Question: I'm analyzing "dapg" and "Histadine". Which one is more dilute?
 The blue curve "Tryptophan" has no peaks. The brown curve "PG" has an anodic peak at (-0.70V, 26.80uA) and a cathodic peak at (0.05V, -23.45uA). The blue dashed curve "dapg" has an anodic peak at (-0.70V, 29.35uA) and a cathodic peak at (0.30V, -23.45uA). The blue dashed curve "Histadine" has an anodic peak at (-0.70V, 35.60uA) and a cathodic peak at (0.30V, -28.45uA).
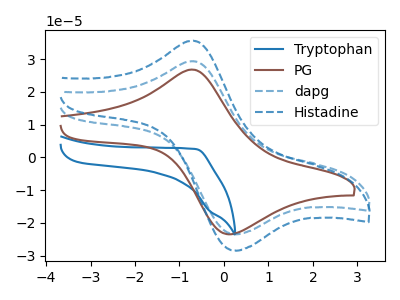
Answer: <think>All the peaks in "dapg" have a peak in "Histadine" at the same potential. Every peak in "dapg" is lower than every peak in "Histadine".
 </think>
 <answer>"dapg" has less signal than "Histadine" and so likely has a lower concentration.</answer>
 <eval>less_concentration</eval>